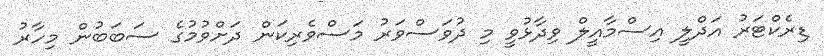
ޑިރެކްޓަރު އަދްލީ އިސްމާއީލް ވިދާޅުވީ މި ދުވަސްވަރު މަސްވެރިކަން ދަށްވުމުގެ ސަބަބުން މިހާރު